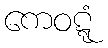
ကေဝဋ္ဋံ